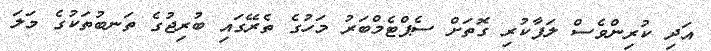
އަދި ކުރިންވެސް ލަފާކުރި ގޮތަށް ސެޕްޓެމްބަރު މަހުގެ ތެރޭގައި ބުރިޖުގެ ތަނބުތަކުގެ މަލަ